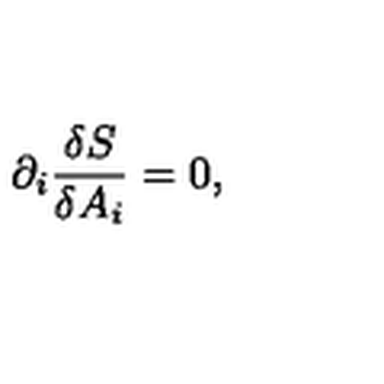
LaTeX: \partial _ { i } \frac { \delta S } { \delta A _ { i } } = 0 ,